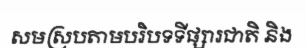
សមស្របតាមបរិបទទីផ្សារជាតិ និង